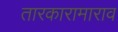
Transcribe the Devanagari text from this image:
तारकारामाराव